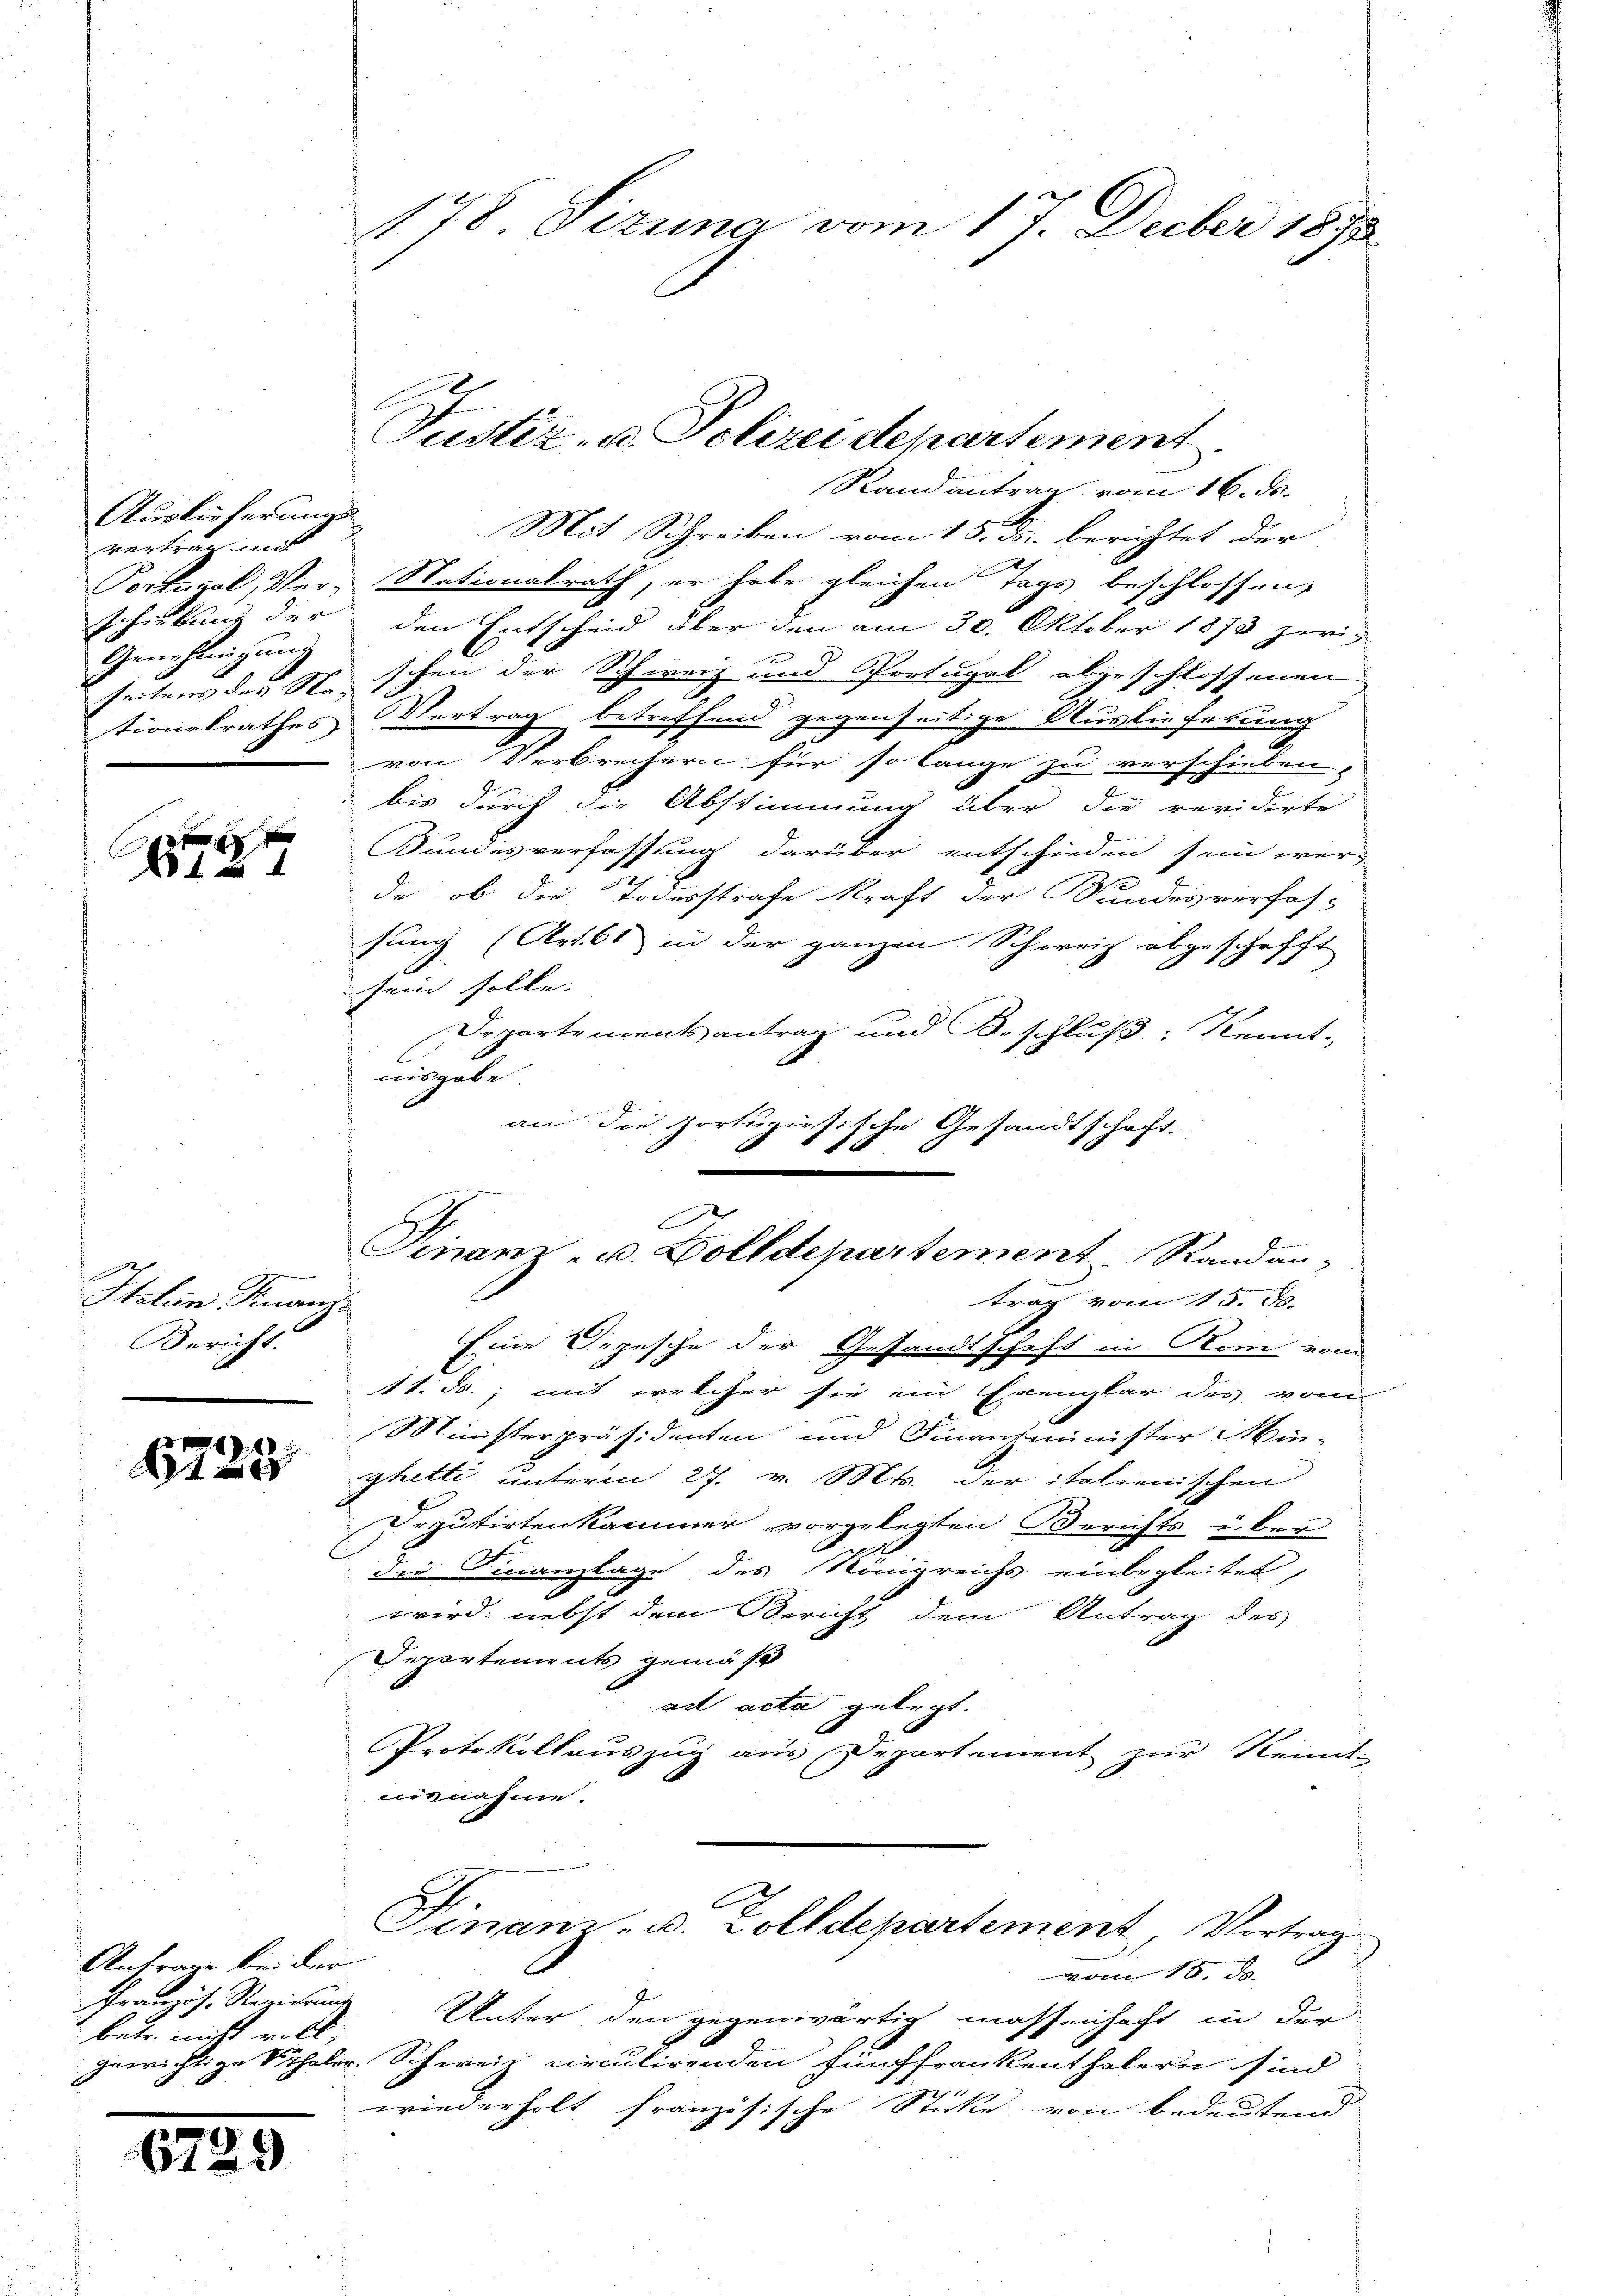
Auslieferungs
vertrag mit
schiebung der
Genehmigung
tionalrathes

Italien Finanz.
Bericht.

15
A

Anfrage bei der
betr. nicht will,

67

178 Sizung vom 17. Decber 1892

Randantrag vom 16. ds.
Mit Schreiben vom 15. ds. berichtet der
2
Portugal, Ver- Nationalrath, er habe gleichen Tags beschlossen,
den Entscheid über den am 30. Oktober 1873 zweiseitens des St. schen der Schweiz und Portugal abgeschlossenen
.
Vertrag betreffend gegenseitige Auslieferung
von Verbreitern für so lange zu verschieben,
bis durch die Abstimmung über die revidirte
Bundesverfassung darüber entschieden sein wer-
de, ob die Todesstrafe kraft der Bundesverfas-
sung (Art. 61 in der ganzen Schweiz abgeschafft
sein solle.
Departementsantrag und Beschluß: Kennt-
nisgabe
an die portugisische Gesandtschaft.
h
Eine Depesche der Gesandtschaft in Rom von
11. ds., mit welcher sie ein Exemplar des vom
Ministerpräsidenten und Finanzminister Min-
ghetti unterm 27. v. Mts. der italienischen
Deputirtenkammer vorgelegten Berichts über
die Finanzlage des Königreichs einbegleitet,
wird, nebst dem Bericht dem Antrag des
Separtements gemäß
ad acta gelegt.
Protokollauszug aus Departement zur Kennt-
ninnahme.
Finanz- u. Zolldepartement, Vortrag
vom 18. d.
Französ. Regierung Unter den gegenwärtig massenhaft in der
gewichtige Schaler Schweiz circulirenden Fünffrankenthalern sind
wiederholt französische Sticke von bedeutend

Justiz- u. Polizeidepartement.

A
Finanz u. Zolldepartement. Randan-
trag vom 15. d.